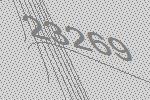
23269